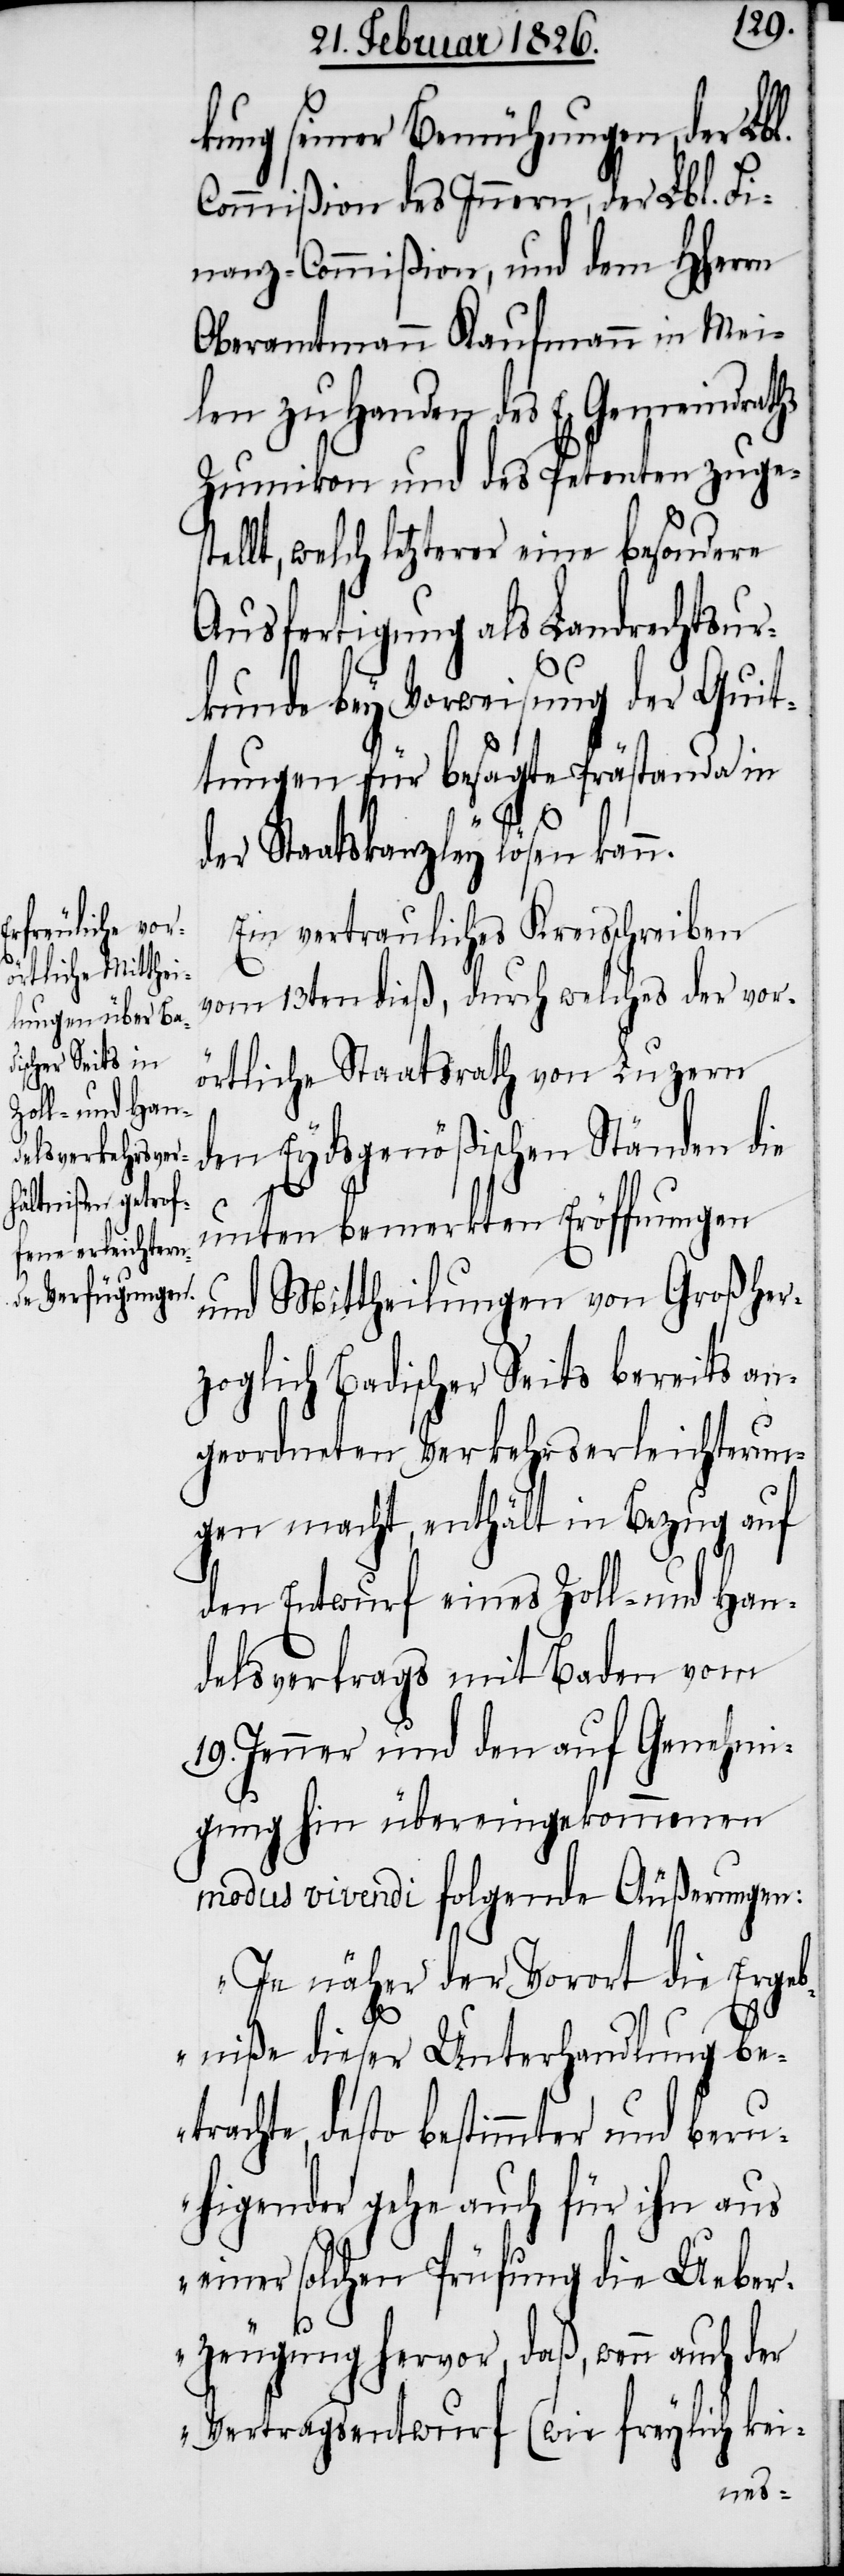
kung seiner Bemühungen, der Lbl.
Commißion des Innern, der Lbl. Fi¬
nanz-Commißion, und dem HHerrn
Oberamtmann Kaufmann in Mei¬
len zu Handen des E. Gemeindraths
Zumikon und des Petenten zugest¬
ellt, welch letzterer eine besondere
Ausfertigung als Landrechtsur¬
kunde bey Vorweisung der Quit¬
tungen für besagte Prästanda in
der Staatskanzley lösen kann.
Ein vertrauliches Kreisschreiben
vom 13ten dieß, durch welches der vor¬
örtliche Staatsrath von Luzern
den Eydsgenößischen Ständen die
unten bemerkten Eröffnungen
und Mittheilungen von Großher¬
zoglich Badischer Seits bereits an¬
geordneten Verkehrserleichterun¬
gen macht, enthält in Bezug auf
den Entwurf eines Zoll- und Han¬
delsvertrags mit Baden vom
19. Jenner und den auf Genehmi¬
gung hin übereingekommenen
modus vivendi folgende Äußerungen:
„Je näher der Vorort die Ergeb¬
niße dieser Unterhandlung bet¬
rachte, desto bestimmter und beru¬
higender gehe auch für ihn aus
einer solchen Prüfung die Ueber¬
zeugung hervor, daß, wenn auch der
Vertragsentwurf (wie freylich kei-